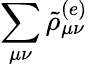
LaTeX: \displaystyle\sum_{\mu\nu}\tilde{\rho}_{\mu\nu}^{(e)}